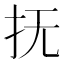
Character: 抚